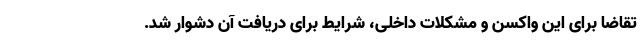
تقاضا برای این واکسن و مشکلات داخلی، شرایط برای دریافت آن دشوار شد.